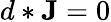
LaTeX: d*\mathbf{J}=0